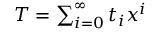
\textstyle T = \sum _ { i = 0 } ^ { \infty } t _ { i } x ^ { i }